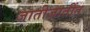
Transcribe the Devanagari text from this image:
जातीजातींत